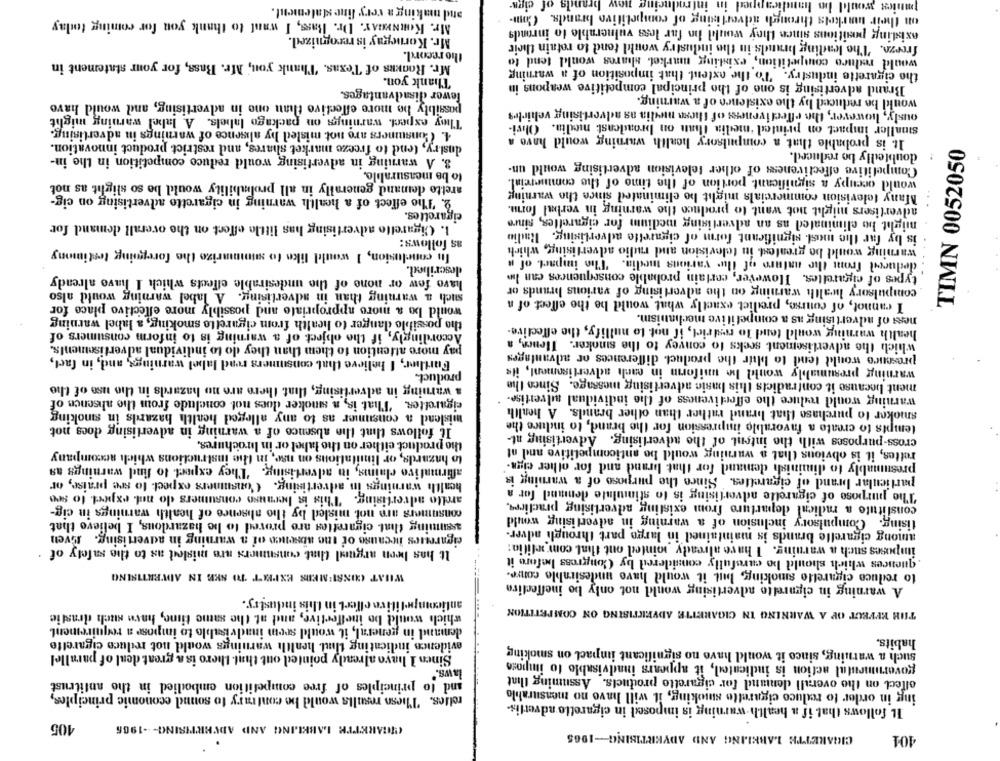
and making a very fine statement.
ils of cigs-
introducing
muies would be handicapped i
on their markets through advertising of competitive brands. Com-
Mr. KORNMAY. Dr. Bass, I want to thank you for coming todlay
existing positions since they would hn far less vulnerable to inronds
Mr. Kornegay is recognized.
freeze. The leading brands in the industry would tond to retain their
the record.
Mr. RoakEs of Texas. Thank you, Mr. Bass, for your statement in
would reduro competition,' existing market. shares would tend to
the cigarette industry. To the extent that imposition of a warning
Thank you.
Brand advertising is one of the principal competitive weapons in
fewer disadvantages.
would be reduced by the existence of a warning.
possibly be more effective than one in advertising, and would have
ously, however, the effectiveness of these media as advertising vehicles
They expect. warnings on package labels. A label warning might
4. Consumers are not misled by alisence of warnings in advertising.
smaller impact on printed 'media than on broadcast media. Olivi-
It. is probable that a compulsory health warning would have a
dustry, tend to freeze market shares, and restrict product innovation.
doubledly be reduced.
TIMN 0052050
3. A warning in advertising would reduce competition in the in-
Competitive effectiveness of other television advertising would un-
to be measurable.
aretto demand generally in all prolmability would be so slight as not
would occupy a significant. portion of the time of the commercial.
Many television commercials might be eliminated since the warning
2. The effect of a health warning in cigarette advertising on cig-
advertisers might not want to produce the warning in verbal form.
cigarettes.
might be eliminated as an advertising medium for cigarettes, since
1. Cigarello advertising has little effect on the overall demand for
is by far the most significant form of cigarette advertising. Radio
as follows:
warning would be greatest in television and radio advertising, which
In conclusion, I would like to summarize the foregoing testimony
deduced from the nature of ilu various media. The impact of a
described.
types of cigarettes. However, carlain probable consequences can In
havo few or none of the undesirable effects which I have already
compulsory health warning on the advertising of various brands or
such a warning than in advertising. A label warning would also
would be a more appropriate and possibly more effective place for
I cannot, of course, predict exactly what would be the effect of a
the possible danger to health from cigarette smoking, a label warning
ness of advertising as a competitive mechanism.
health warning would tend to restrict, if not to nullify, the effective-
Accordingly, if the object of a warning is to inform consumers of
which the advertisement seeks to convey to the sinoker. Tienes, a
pay more attention to them than they do to individual advertisements.
Further, I believe that consumers read label warnings, and, in fact,
presence would tend to blir the product. differences or advantages
warning presumably would be uniform in each advertisement, ils
product.
ment because it contradicts this basic advertising message. Since Ihin
a warning in advertising, that there are no hazards in the use of the
warning would reduce the effectiveness of the individual advertise.
cigarettes. 'That is, a smoker does not conclude from the ahsenen of
mislead a consumer as to any alleged health hazards in smoking
smoker to purchase that brand rather than other brands. A health
It follows that the absence of a warning in advertising does not
tempts to create a favorable impression for the brand, to induce the
cross-purposes with the intent of the advertising. Advertising at-
the product either on the label or in brochures.
rettes, it is obvious that a warning would be anticompetitive and af
to hazards, or limitations on nse, in the instructions which accompany
presumably to diminish demand for that brand and for other ciga-
affirmative claims, in advertising. They expect to find warnings as
health warnings in advertising. Consumers expect to sre praise, or
particular brand of cigarettes. Since the purpose of a warning is
The purpose of cigarelle advertising is to stimulate demand for a
arello advertising. This is bernuso consumers do not expect to see
constitute a radical departure from existing advertising practices,
consumers are not misled by the absence of health warnings in cig-
tising. Compulsory inclusion of a warning in advertising would
assuming that cigarettes are proved to be hazardous, I believe that
cigareues because of the absence of a warning in advertising. Even
among cigarelle brands is maintained in large part through adver-
It has been argued that consumers are misled as to the safety of
imposes such a warning. I have already pointed out that com welitio:
. quences which should be carefully considered by Congress before it
to reduce cigarette smoking, but it would have undesirable conre.
WHAT CONSUMERS EXPECT TO SKE IN AIRETISING
A warning in cigarette advertising would not only be ineffective
etitive offert in this industry.
THE EFFECT OF A WARNING IN CIGARETTE ADVERTISING ON COMPETITION
which would bo ineffective, and at the same time, have such drastic
demand in general, it would seem inadvisable to impose a requirement
evidenen indicating that health warnings would not reduce cigarette
habits.
such a warning, since it would have no significant impact on smoking
Sinen I have already pointed out that thero is a great deal of parallel
governmental action is indicated, it appears inadvisable to impose
laws."
effect on the overall demand for cigarette products. Assuming Ilint
and to principles of free competition embodied in the antitrust
relies. These results would be contrary to sound economic principles,
ing in order to reduce cigarette smoking, it will have no mensurahilo
IL follows that if a health-warning is imposed in cigarette advertis-
405
CIGARETTE LABELING AND ADVERTISING --- 1965
CIGARETTE LABELING AND ADVERTISING -- 1965
104